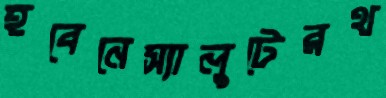
হবেনেস্যালুটেরথ